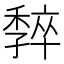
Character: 𡦧